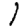
Digit: 1